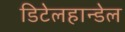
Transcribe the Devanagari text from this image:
डिटेलहान्डेल